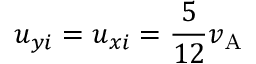
u _ { y i } = u _ { x i } = \frac { 5 } { 1 2 } v _ { \mathrm { A } }